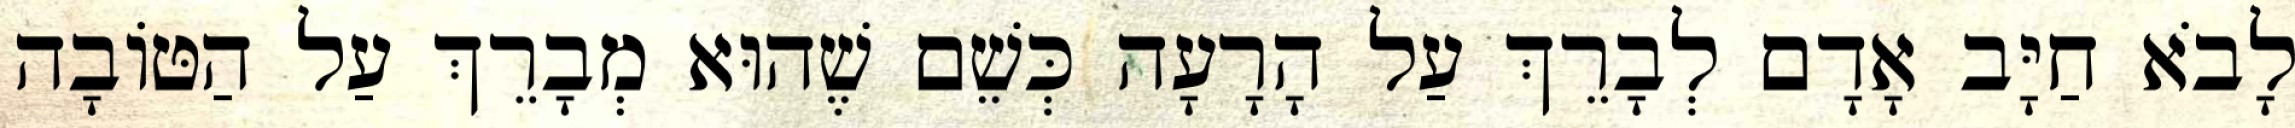
לָבֹא חַיָּב אָדָם לְבָרֵךְ עַל הָרָעָה כְּשֵׁם שֶׁהוּא מְבָרֵךְ עַל הַטּוֹבָה